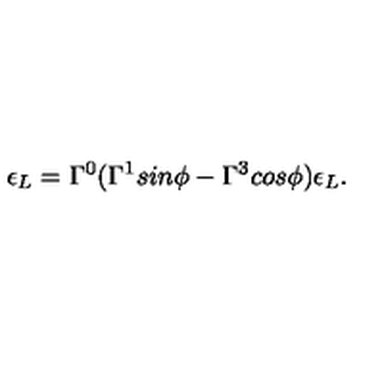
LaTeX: \epsilon _ { L } = \Gamma ^ { 0 } ( \Gamma ^ { 1 } s i n \phi - \Gamma ^ { 3 } c o s \phi ) \epsilon _ { L } .